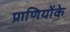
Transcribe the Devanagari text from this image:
प्राणियोंके